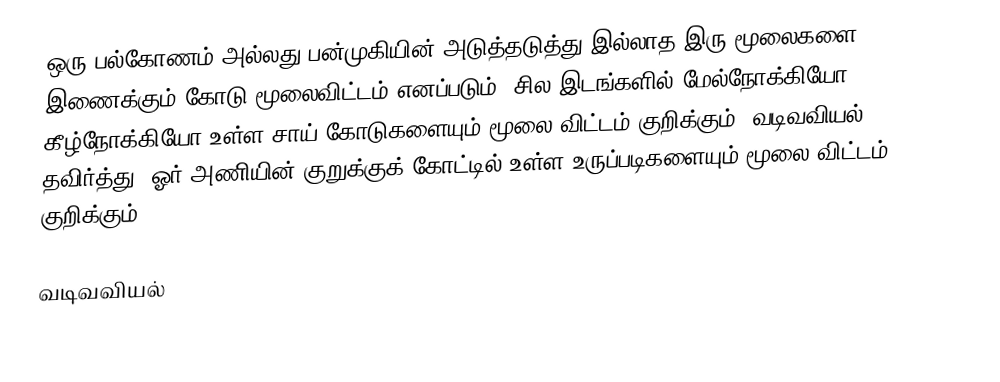
ஒரு பல்கோணம் அல்லது பன்முகியின் அடுத்தடுத்து இல்லாத இரு மூலைகளை இணைக்கும் கோடு மூலைவிட்டம் எனப்படும். சில இடங்களில் மேல்நோக்கியோ கீழ்நோக்கியோ உள்ள சாய் கோடுகளையும் மூலை விட்டம் குறிக்கும். வடிவவியல் தவிர்த்து, ஓர் அணியின் குறுக்குக் கோட்டில் உள்ள உருப்படிகளையும் மூலை விட்டம் குறிக்கும்.

வடிவவியல்